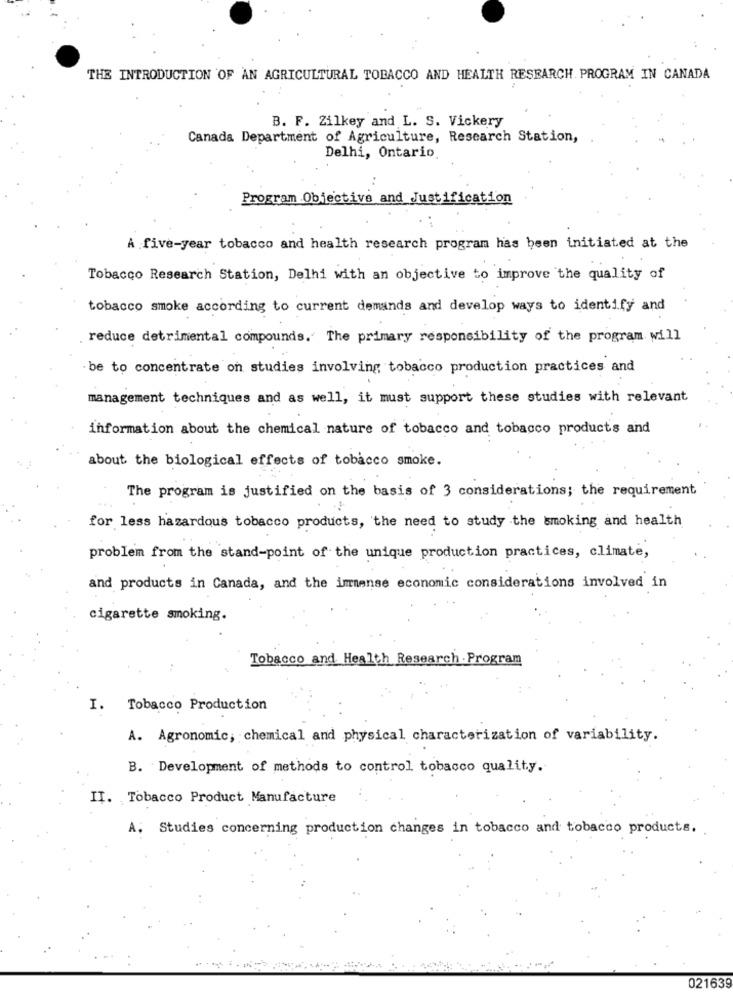
THE INTRODUCTION OF AN AGRICULTURAL TOBACCO AND HEALTH RESEARCH. PROGRAM IN CANADA
B. F. Zilkey and L. S. Vickery
Canada Department of Agriculture, Research Station,
Delhi, Ontario.
Program Objective and Justification
A five-year tobacco and health research program has been initiated at the
Tobacco Research Station, Delhi with an objective to improve the quality of
tobacco smoke according to current demands and develop ways to identify and
reduce detrimental compounds. The primary responsibility of the program will
be to concentrate on studies involving tobacco production practices and
management techniques and as well, it must support these studies with relevant
information about the chemical nature of tobacco and tobacco products and
about the biological effects of tobacco smoke.
The program is justified on the basis of 3 considerations; the requirement
for less hazardous tobacco products, the need to study the smoking and health
problem from the stand-point of the unique production practices, climate,
and products in Canada, and the immense economic considerations involved in
cigarette smoking.
Tobacco and Health Research Program
I.
Tobacco Production
A. Agronomic, chemical and physical characterization of variability.
B. Development of methods to control tobacco quality.
II ..
Tobacco Product Manufacture
A.
Studies concerning production changes in tobacco and tobacco products.
021639